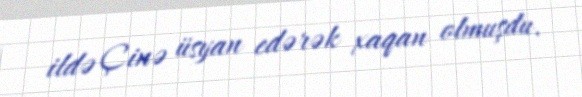
ildə Çinə üsyan edərək xaqan olmuşdu.